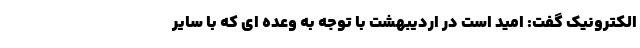
الکترونیک گفت: امید است در اردیبهشت با توجه به وعده ای که با سایر